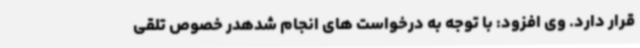
قرار دارد. وی افزود: با توجه به درخواست های انجام شدهدر خصوص تلقی